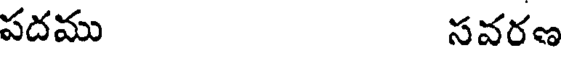
పదము సవరణ